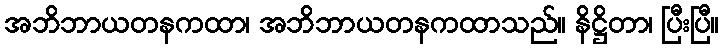
အဘိဘာယတနကထာ၊ အဘိဘာယတနကထာသည်။ နိဋ္ဌိတာ၊ ပြီးပြီ။